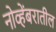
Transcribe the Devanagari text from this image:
नोव्हेंबरातील